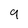
Character: 9